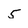
Character: 5